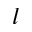
l